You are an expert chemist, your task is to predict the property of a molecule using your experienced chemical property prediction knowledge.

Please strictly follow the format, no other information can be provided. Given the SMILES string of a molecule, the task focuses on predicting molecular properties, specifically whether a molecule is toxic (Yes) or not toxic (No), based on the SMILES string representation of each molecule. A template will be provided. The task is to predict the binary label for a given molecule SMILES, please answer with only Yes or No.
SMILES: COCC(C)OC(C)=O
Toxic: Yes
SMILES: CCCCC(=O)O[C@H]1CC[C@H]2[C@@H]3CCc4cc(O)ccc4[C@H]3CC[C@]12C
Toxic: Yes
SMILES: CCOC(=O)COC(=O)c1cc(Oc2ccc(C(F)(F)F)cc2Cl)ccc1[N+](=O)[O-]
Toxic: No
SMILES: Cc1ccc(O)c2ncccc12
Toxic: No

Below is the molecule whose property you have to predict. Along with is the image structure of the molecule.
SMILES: ClC(Cl)Cl
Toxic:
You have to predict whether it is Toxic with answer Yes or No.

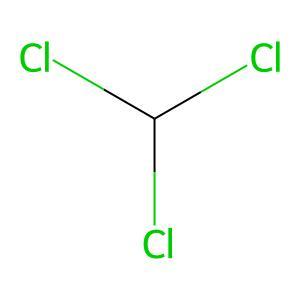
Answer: No